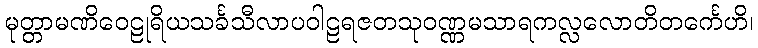
မုတ္တာမဏိဝေဠုရိယသင်္ခသီလာပဝါဠရဇတသုဝဏ္ဏမသာရကလ္လလောတိတင်္ကေဟိ၊